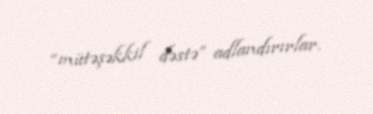
“mütəşəkkil dəstə” adlandırırlar.